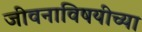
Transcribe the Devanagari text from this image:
जीवनाविषयीच्या